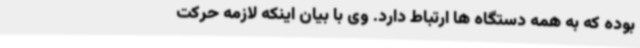
بوده که به همه دستگاه ها ارتباط دارد. وی با بیان اینکه لازمه حرکت